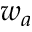
w _ { a }